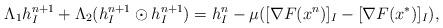
LaTeX: \begin{align*}\Lambda_1 h_{I}^{n+1} + \Lambda_2 (h_{I}^{n+1}\odot h_{I}^{n+1})= h_{I}^n - \mu ([\nabla F(x^n)]_{I} - [\nabla F(x^*)]_{I}),\end{align*}